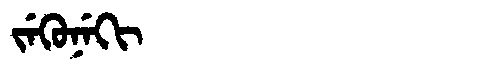
Manchu: ᠵᡝᡴᡠᠨᡝᡴᡳ
Romanization: JEKUNEKI